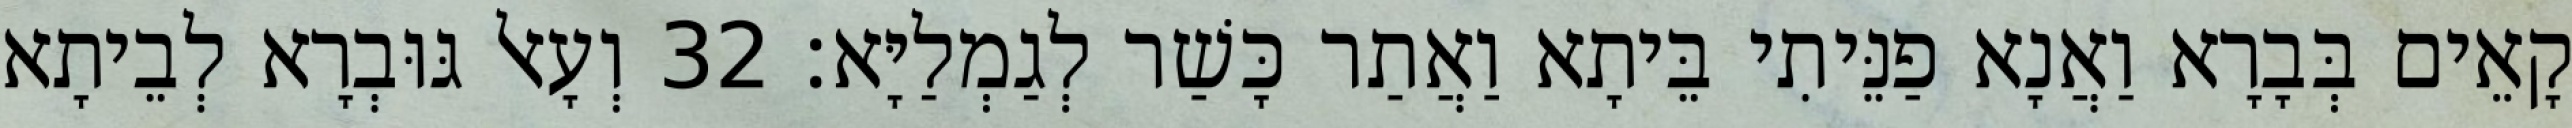
קָאֵים בְּבָרָא וַאֲנָא פַנֵּיתִי בֵּיתָא וַאֲתַר כָּשַׁר לְגַמְלַיָּא׃ 32 וְעָאל גּוּבְרָא לְבֵיתָא